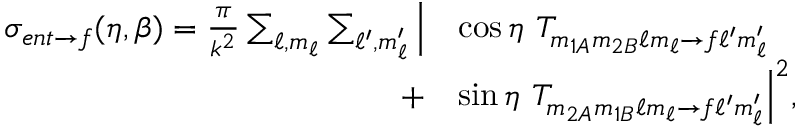
\begin{array} { r l } { \sigma _ { e n t \rightarrow f } ( \eta , \beta ) = \frac { \pi } { k ^ { 2 } } \sum _ { \ell , m _ { \ell } } \sum _ { \ell ^ { \prime } , m _ { \ell } ^ { \prime } } \Big | } & { \cos \eta \ T _ { m _ { 1 A } m _ { 2 B } \ell m _ { \ell } \rightarrow f \ell ^ { \prime } m _ { \ell } ^ { \prime } } } \\ { + } & { \sin \eta \ T _ { m _ { 2 A } m _ { 1 B } \ell m _ { \ell } \rightarrow f \ell ^ { \prime } m _ { \ell } ^ { \prime } } \Big | ^ { 2 } , } \end{array}